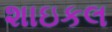
શાઇકલ